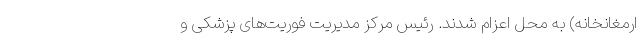
ارمغانخانه) به محل اعزام شدند. رئیس مرکز مدیریت فوریت‌های پزشکی و